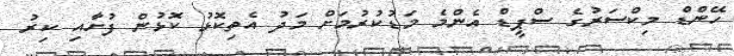
ހޭންޑް މިކްސަރުގެ ސްޕީޑް އެންމެ މަޑުކުރުމަށް މަދު އެތިކޮޅު ކޮޅުން ފުށާއި ކިރު